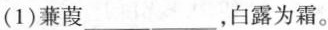
(1)蒹葭___ ___，白露为霜。